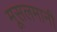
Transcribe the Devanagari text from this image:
मूसलमानी